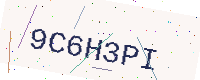
Text: 9C6H3PI